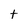
Character: t